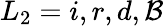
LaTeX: L_{2}=i,r,d,\mathcal{B}